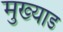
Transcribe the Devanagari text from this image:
मुख्याड